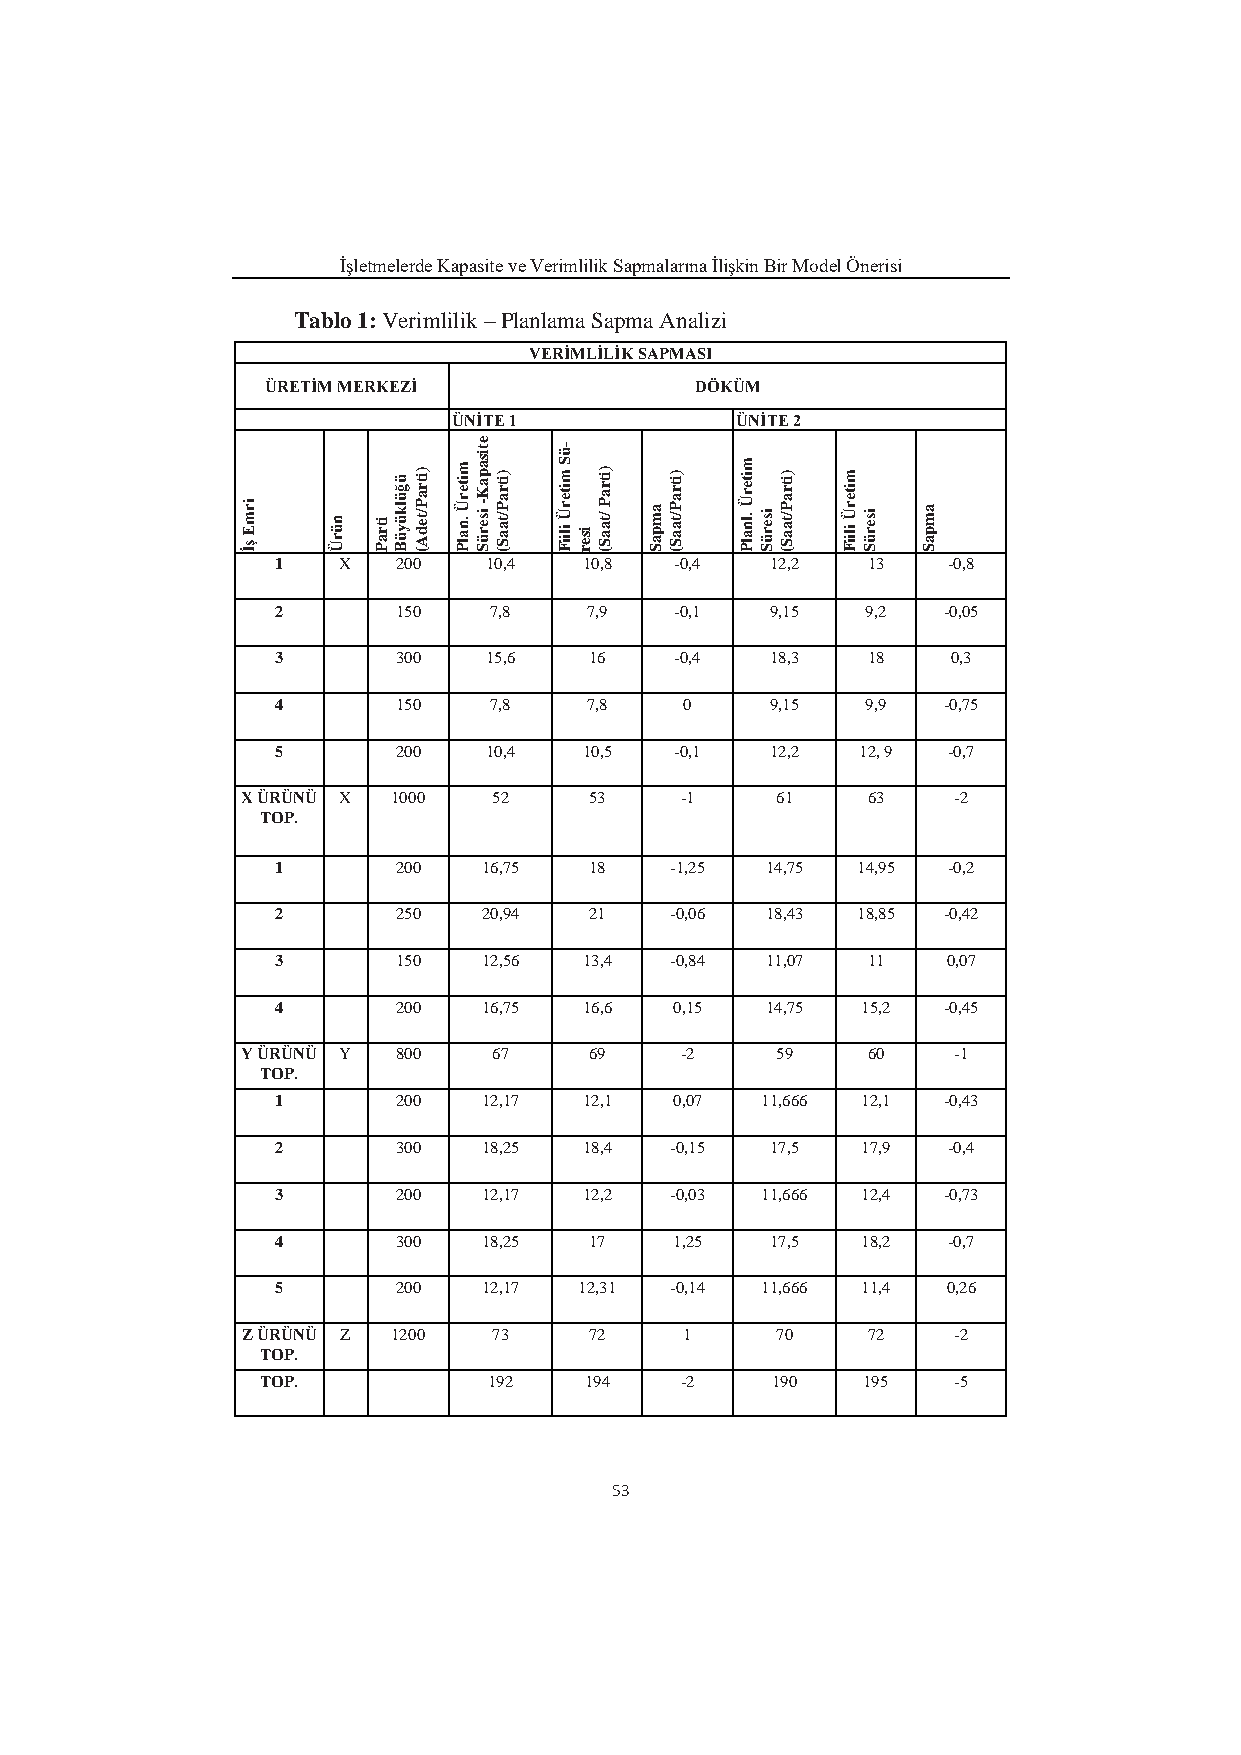
İşletmelerde Kapasite ve Verimlilik Sapmalarına İlişkin Bir Model Önerisi
 Tablo 1: Verimlilik – Planlama Sapma Analizi
 VERİMLİLİK SAPMASI
 ÜRETİM MERKEZİ              DÖKÜM
 ÜNİTE 1            ÜNİTE 2
 ir m E ş İ n ü r Ü itr a P ü ğ ü lk ü y ü B)itr a P /te d A ( m ite r Ü .n a lP
 e ti
 s isa ep ra üK S- )itr a P /ta a S (
 -ü
 S m ite r Ü iliiFis e r )itr a P /ta a S ( a m p a S )itr a P /ta a S ( m ite r Ü .ln a lPis e r ü S )itr a P /ta a S ( m ite r Ü iliiF is e r ü S a m p a S
 1   X   200   10,4   10,8  -0,4  12,2  13    -0,8
 2       150   7,8    7,9   -0,1  9,15  9,2  -0,05
 3       300   15,6   16    -0,4  18,3  18    0,3
 4       150   7,8    7,8   0     9,15  9,9  -0,75
 5       200   10,4   10,5  -0,1  12,2  12, 9 -0,7
 X ÜRÜNÜ X 1000   52    53    -1    61    63    -2
 TOP.
 1       200   16,75  18   -1,25  14,75 14,95 -0,2
 2       250   20,94  21   -0,06  18,43 18,85 -0,42
 3       150   12,56  13,4 -0,84  11,07 11    0,07
 4       200   16,75  16,6  0,15  14,75 15,2 -0,45
 Y ÜRÜNÜ Y 800    67    69    -2    59    60    -1
 TOP.
 1       200   12,17  12,1  0,07 11,666 12,1 -0,43
 2       300   18,25  18,4 -0,15  17,5  17,9  -0,4
 3       200   12,17  12,2 -0,03 11,666 12,4 -0,73
 4       300   18,25  17    1,25  17,5  18,2  -0,7
 5       200   12,17 12,31 -0,14 11,666 11,4  0,26
 Z ÜRÜNÜ Z 1200   73    72    1     70    72    -2
 TOP.
 TOP.           192    194   -2    190   195   -5
 53